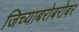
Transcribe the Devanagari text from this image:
जिच्याबरोबरोबर